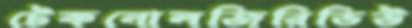
টেকনোলজিরিভিউ